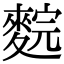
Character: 䴷